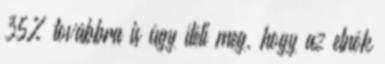
35% továbbra is úgy ítéli meg, hogy az elnök